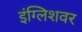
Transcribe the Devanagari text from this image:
इंग्लिशवर